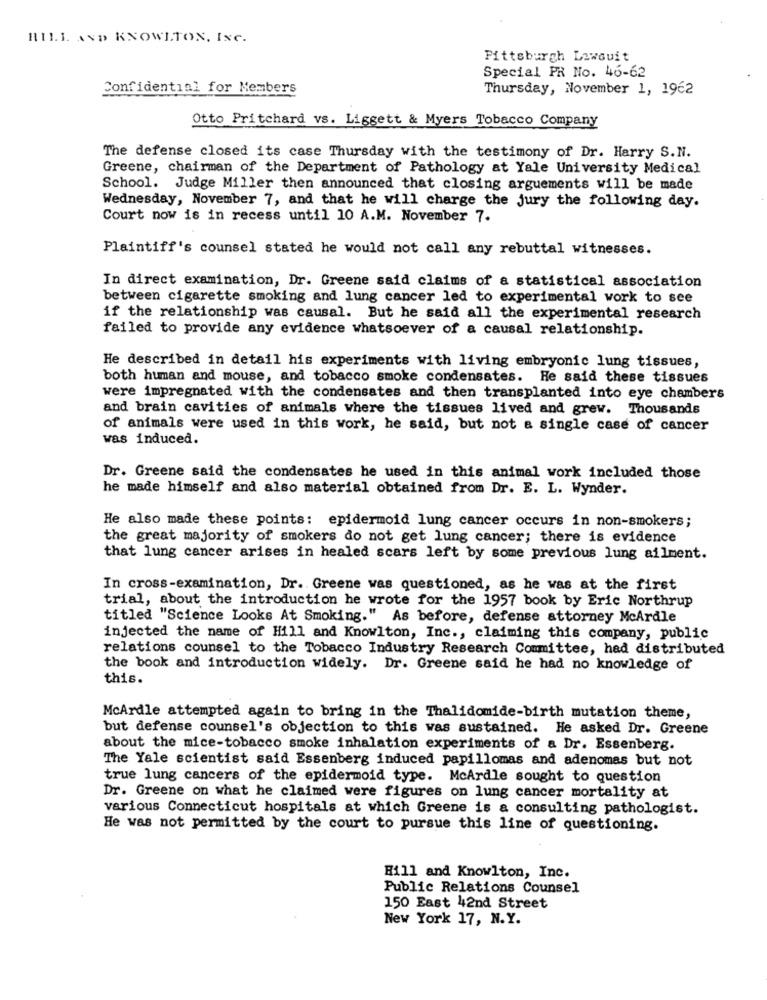
HILL AND KNOWLTON, INC.
Pittsburgh Lawsuit
Special PR No. 46-62
Confidential for Members
Thursday, November 1, 1962
Otto Pritchard vs. Liggett & Myers Tobacco Company
The defense closed its case Thursday with the testimony of Dr. Harry S.N.
Greene, chairman of the Department of Pathology at Yale University Medical
School. Judge Miller then announced that closing arguements will be made
Wednesday, November 7, and that he will charge the jury the following day.
Court now is in recess until 10 A.M. November 7.
Plaintiff's counsel stated he would not call any rebuttal witnesses.
In direct examination, Dr. Greene said claims of a statistical association
between cigarette smoking and lung cancer led to experimental work to see
if the relationship was causal. But he said all the experimental research
failed to provide any evidence whatsoever of a causal relationship.
He described in detail his experiments with living embryonic lung tissues,
both human and mouse, and tobacco smoke condensates. He said these tissues
were impregnated with the condensates and then transplanted into eye chambers
and brain cavities of animals where the tissues lived and grew. Thousands
of animals were used in this work, he said, but not a single case of cancer
was induced.
Dr. Greene said the condensates he used in this animal work included those
he made himself and also material obtained from Dr. E. L. Wynder.
He also made these points: epidermoid lung cancer occurs in non-smokers;
the great majority of smokers do not get lung cancer; there is evidence
that lung cancer arises in healed scars left by some previous lung ailment.
In cross-examination, Dr. Greene was questioned, as he was at the first
trial, about the introduction he wrote for the 1957 book by Eric Northrup
titled "Science Looks At Smoking." As before, defense attorney McArdle
injected the name of Hill and Knowlton, Inc ., claiming this company, public
relations counsel to the Tobacco Industry Research Committee, had distributed
the book and introduction widely. Dr. Greene said he had no knowledge of
this.
McArdle attempted again to bring in the Thalidomide-birth mutation theme,
but defense counsel's objection to this was sustained. He asked Dr. Greene
about the mice-tobacco smoke inhalation experiments of a Dr. Essenberg.
The Yale scientist said Essenberg induced papillomas and adenomas but not
true lung cancers of the epidermoid type. McArdle sought to question
Dr. Greene on what he claimed were figures on lung cancer mortality at
various Connecticut hospitals at which Greene is a consulting pathologist.
He was not permitted by the court to pursue this line of questioning.
Hill and Knowlton, Inc.
Public Relations Counsel
150 East 42nd Street
New York 17, N.Y.